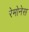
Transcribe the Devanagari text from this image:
रेमोनेस